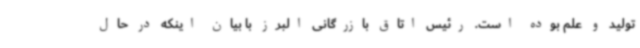
تولید و علم بوده است. رئیس اتاق بازرگانی البرز با بیان اینکه در حال